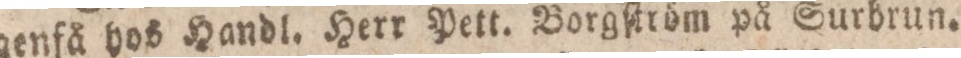
genfå hos Handl. Herr Pett. Borgſtröm på Surbrun.